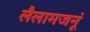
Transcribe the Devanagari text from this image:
लैलामजनूं